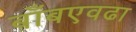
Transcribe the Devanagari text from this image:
बाँबएवढा